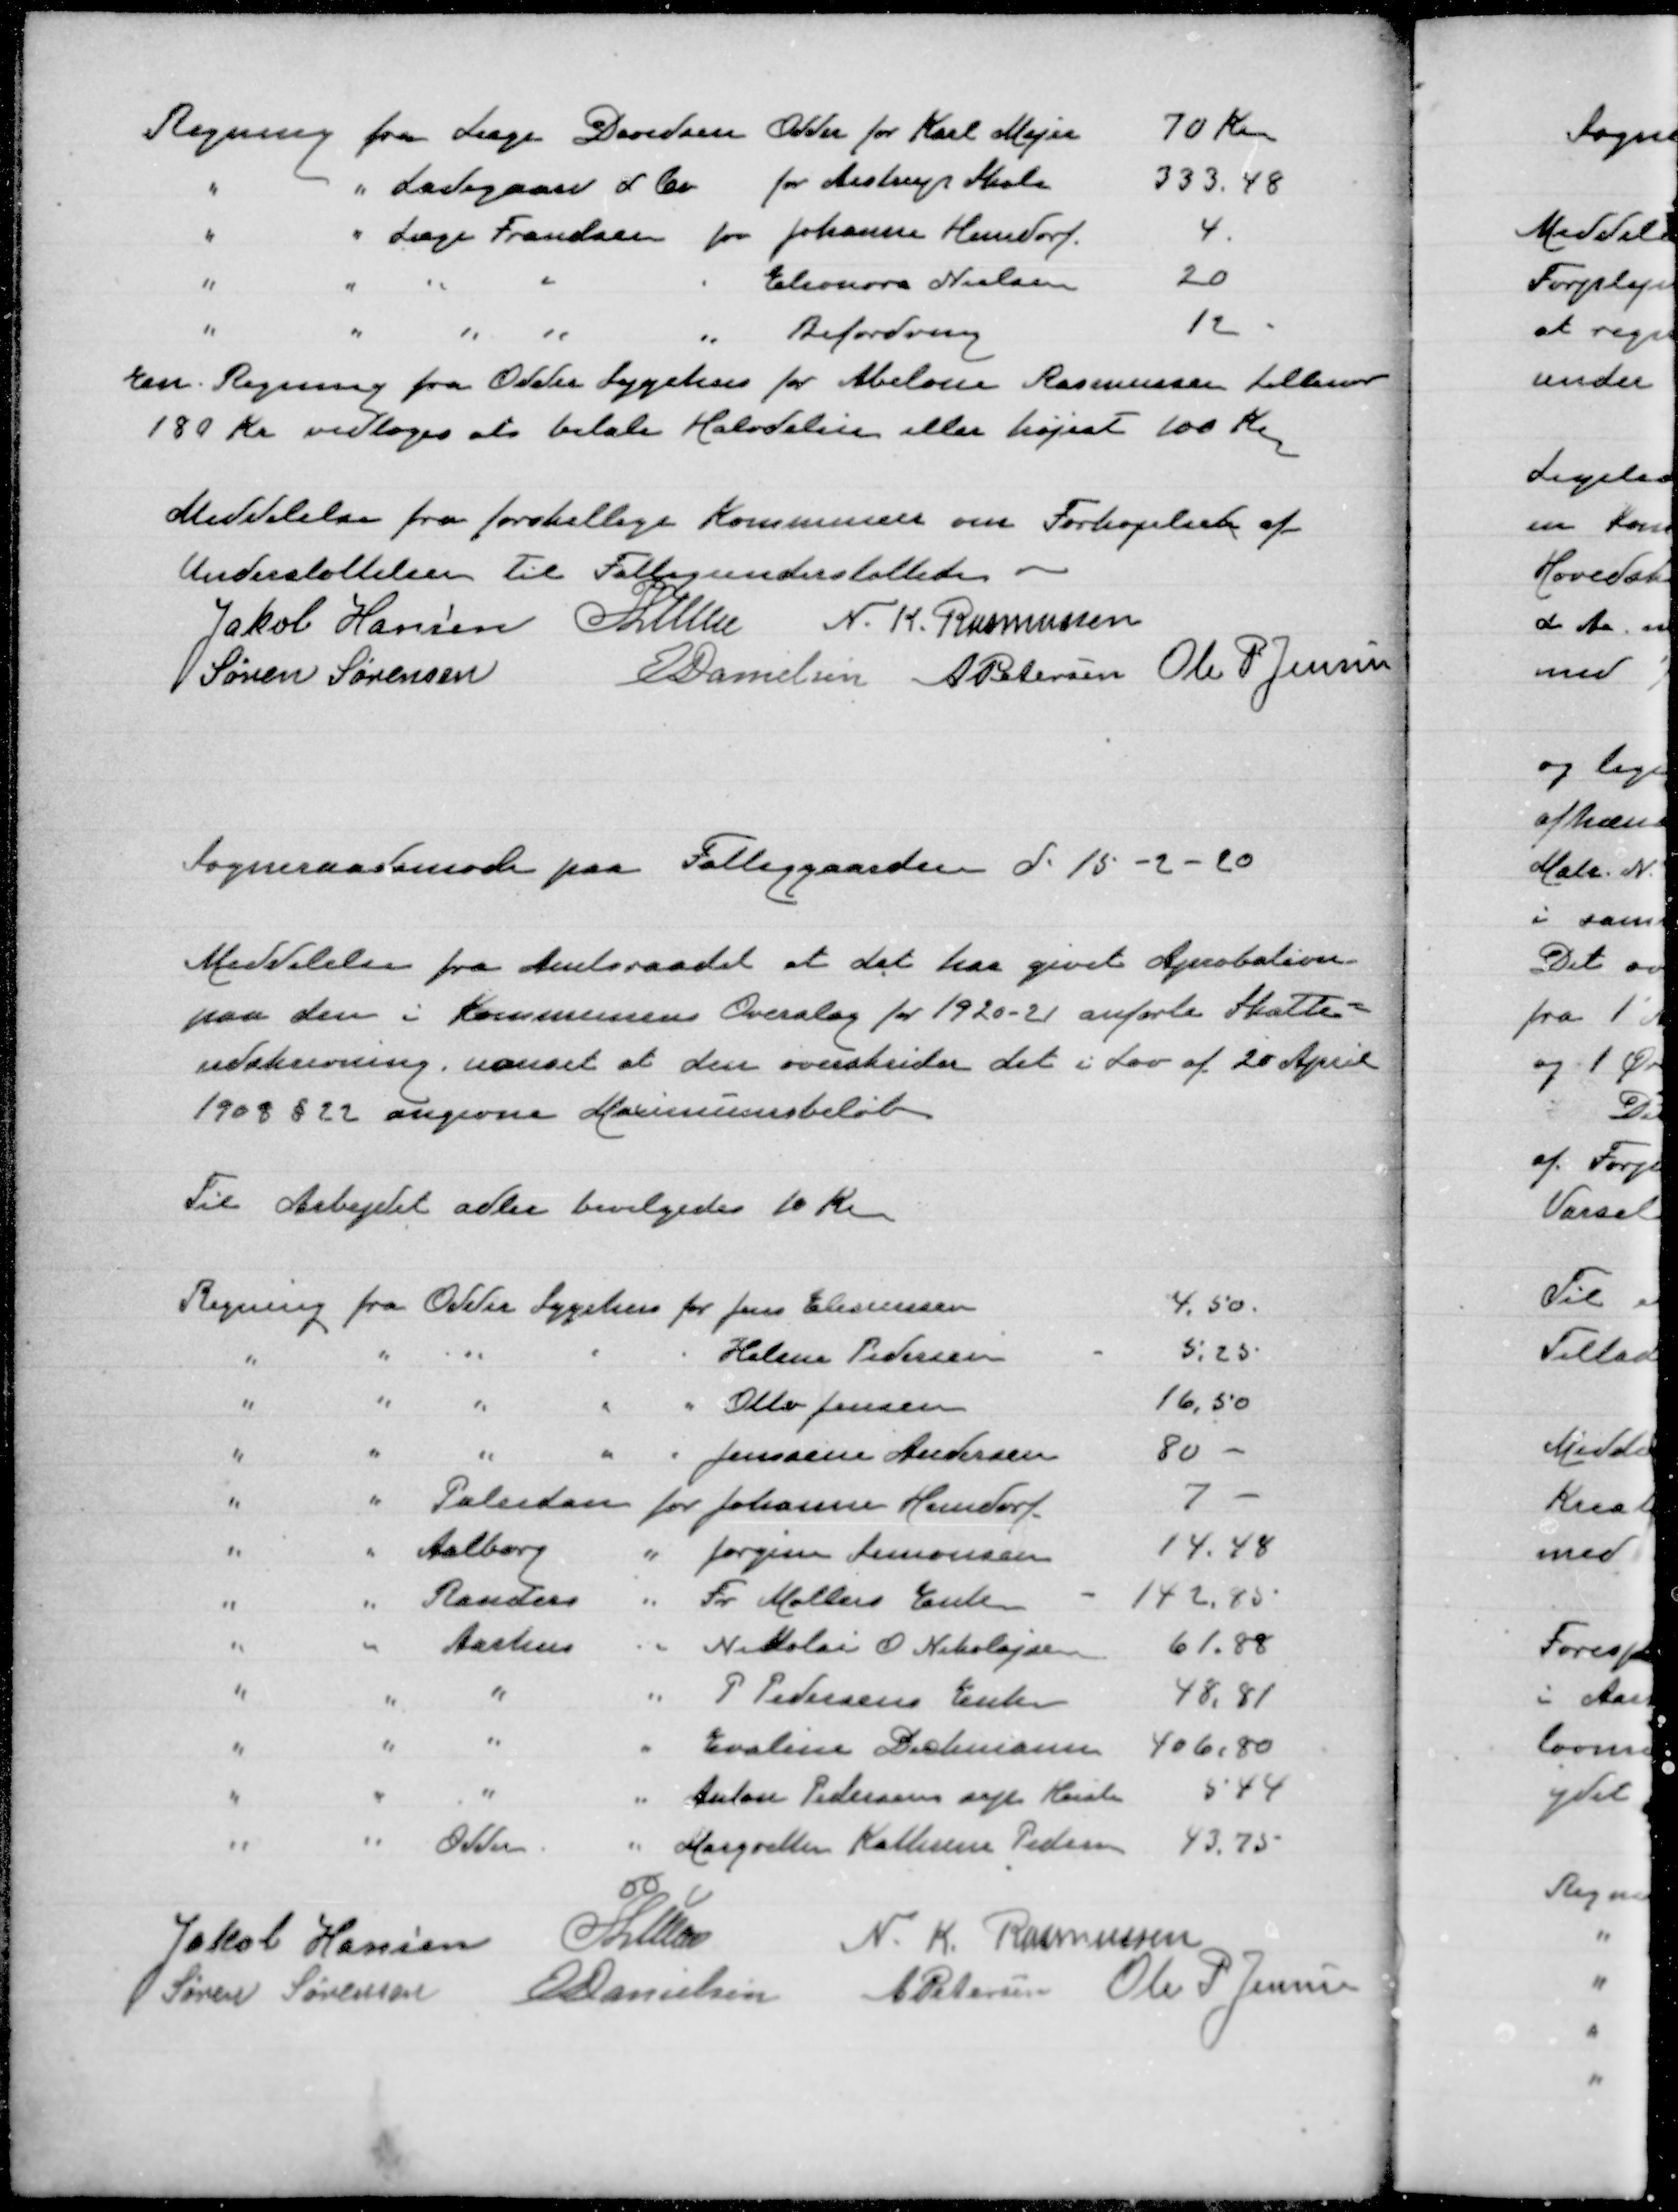
Transskription:
En Regning fra Odder Sygehus for Abelone Rasmussen Lillenor
180 Kr vedtoges at betale Halvdelen eller højest 100 Kr
Meddelelse fra forskellige Kommuner om Forhøjelset af
Understøttelsen til Fattigunderstøttede
Jakob Hansen
P Lunn
N. K. Rasmussen
Søren Sørensen
E Danielsen
A Petersen
Ole P Jensen

Sogneraadsmøde paa Fattiggaarden d. 15-2-20

Meddelelse fra Amtsraadet at det har givet Aprobation
paa den i Kommunens Overslag for 1920-21 anførte Skatte=
udskrivning. uanset at den overskrider det i Lov af 20 April
1908 § 22 angivne Maximumsbeløb

Til Arbejdet adler bevilgedes 10 Kr

Jakob Hansen
P Lunn
N. K. Rasmussen
Søren Sørensen
E Danielsen
A Petersen
Ole P Jensen